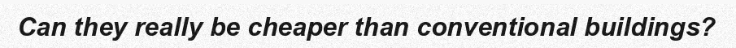
Can they really be cheaper than conventional buildings?